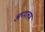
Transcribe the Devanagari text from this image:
अप्पलम